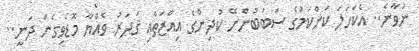
ނުވާނެ.. އެކަހަލަ ކަންކަމުގެ ސަބަބުންނޭ ކުދިންގެ އިއްޒަތާއި ޤަދަރު ވެއްޔާ މޮޑެވިގެން ދަނީ..